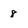
Character: 8